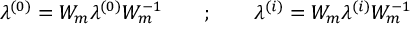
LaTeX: \lambda ^ { ( 0 ) } = W _ { m } \lambda ^ { ( 0 ) } W _ { m } ^ { - 1 } \quad \quad ; \quad \quad \lambda ^ { ( i ) } = W _ { m } \lambda ^ { ( i ) } W _ { m } ^ { - 1 }